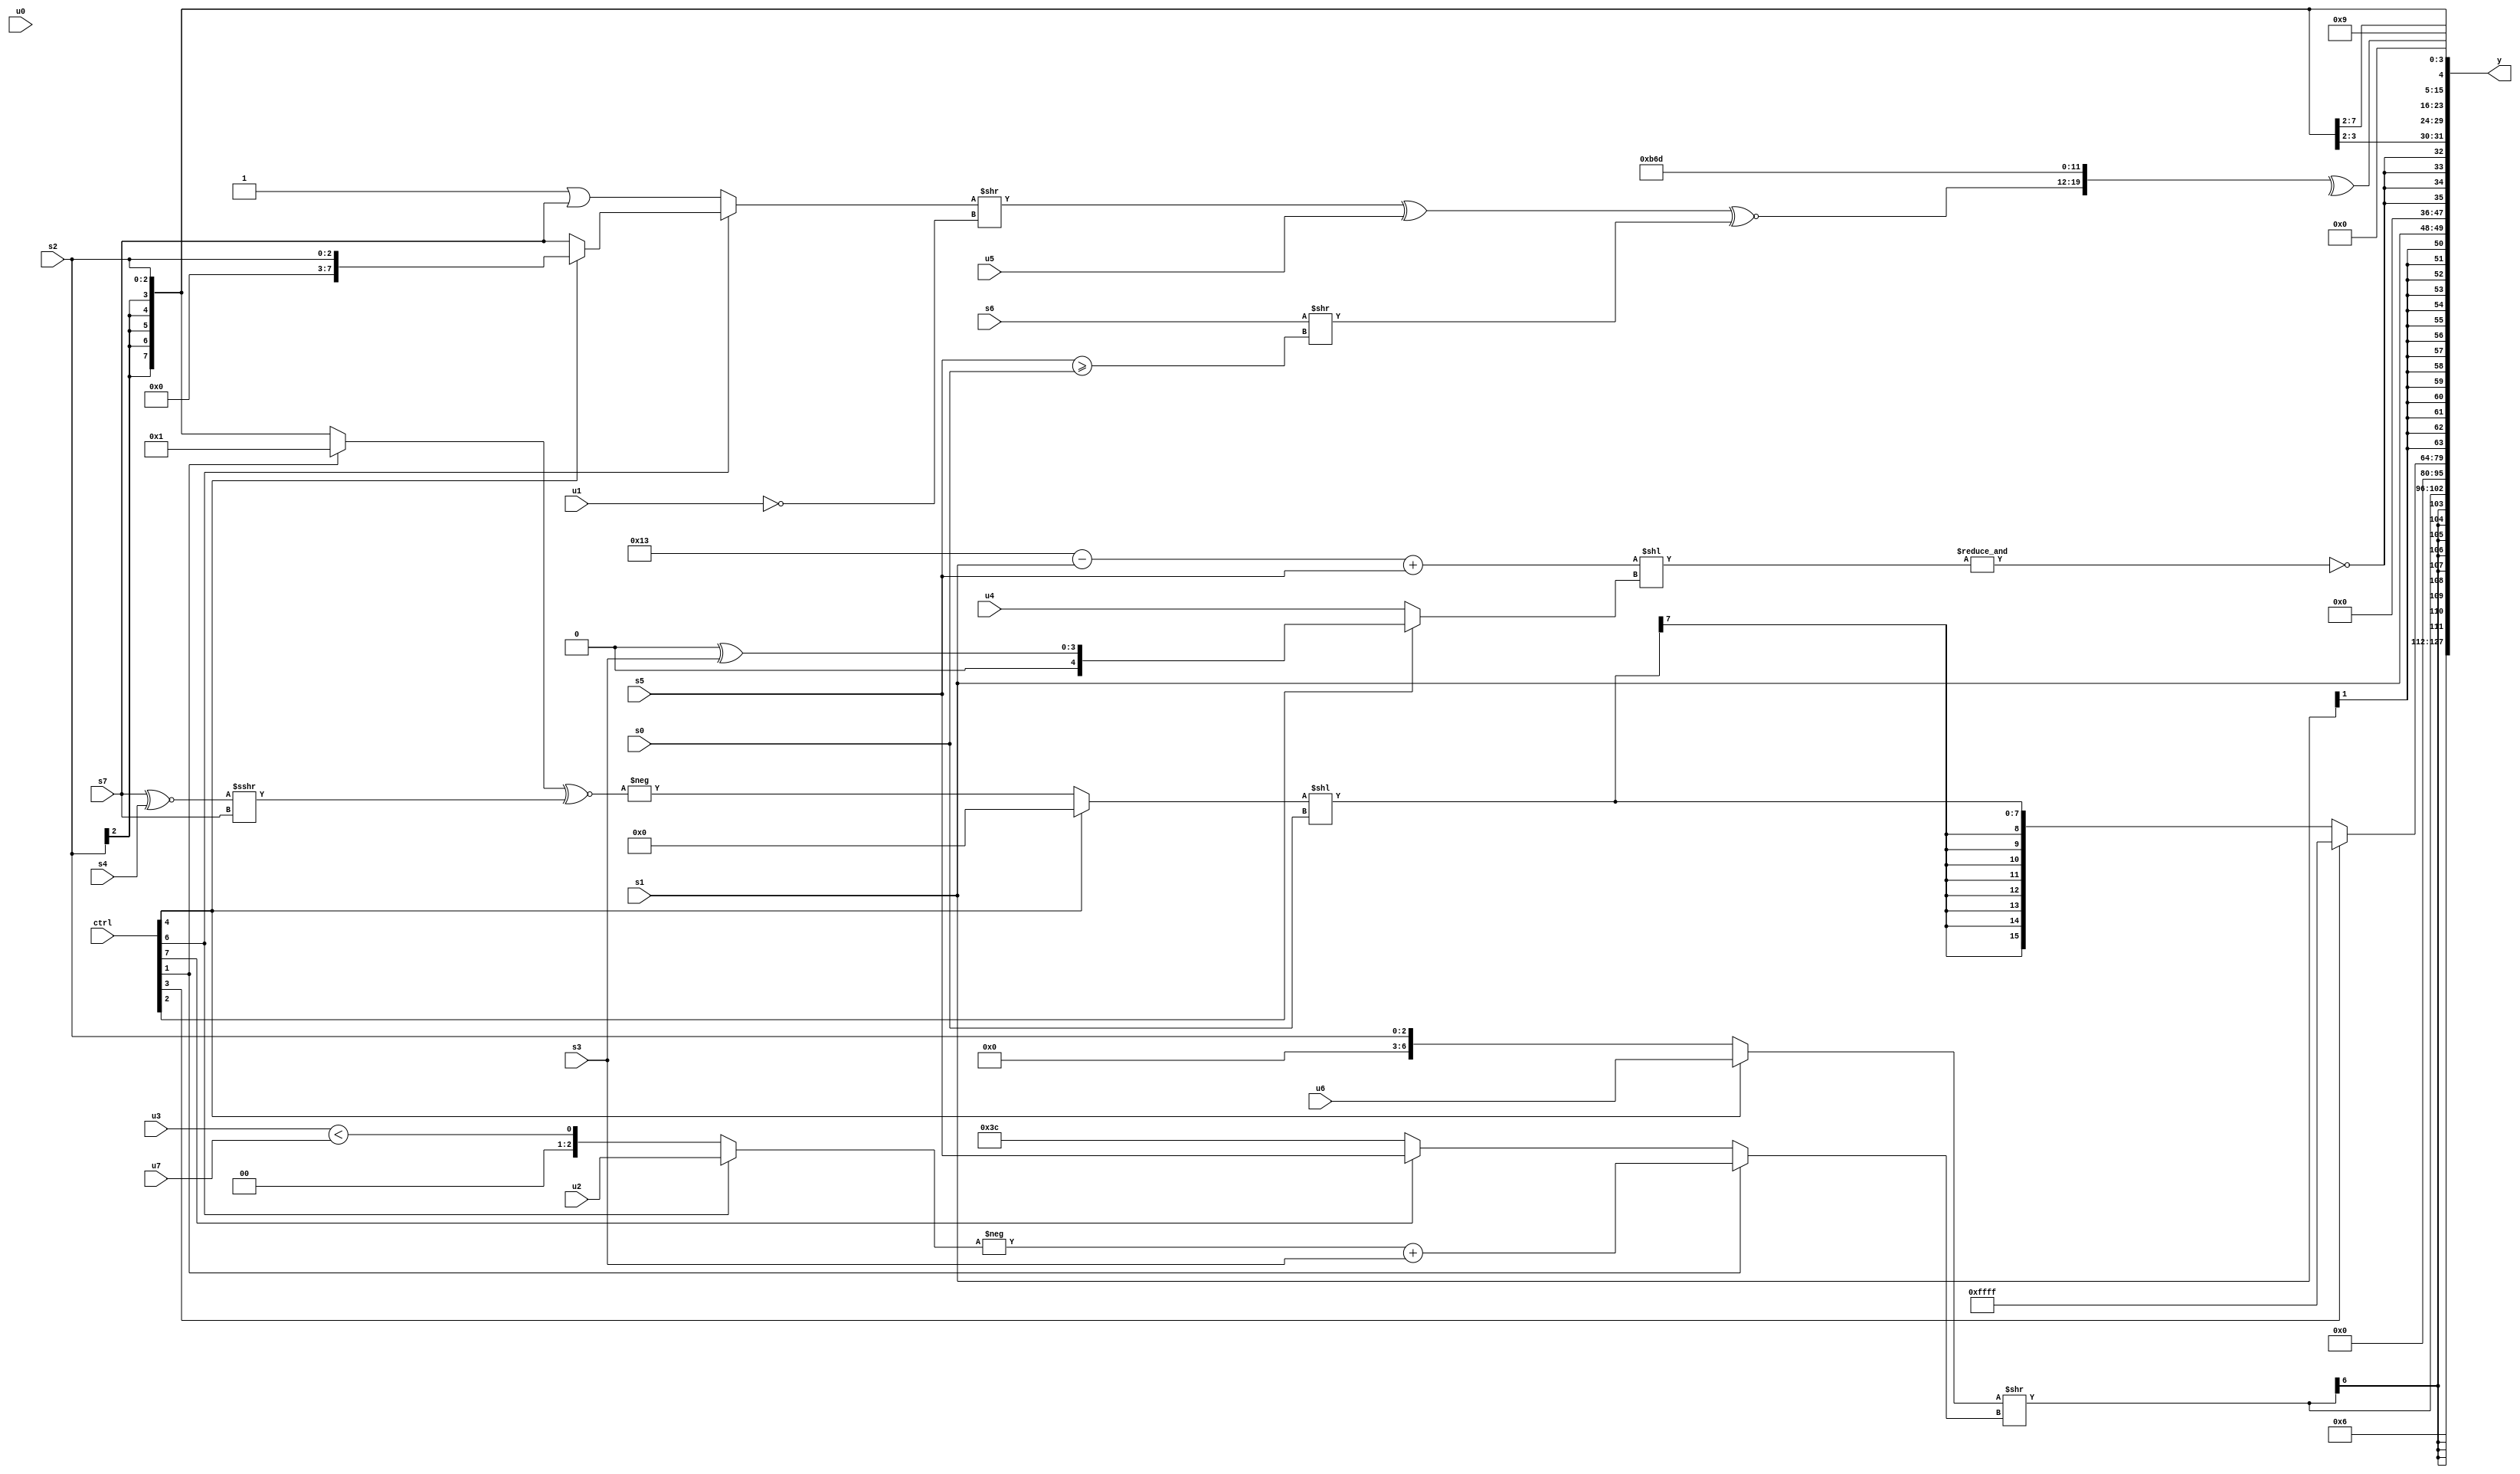
module wideexpr_00840(ctrl, u0, u1, u2, u3, u4, u5, u6, u7, s0, s1, s2, s3, s4, s5, s6, s7, y);
  input [7:0] ctrl;
  input [0:0] u0;
  input [1:0] u1;
  input [2:0] u2;
  input [3:0] u3;
  input [4:0] u4;
  input [5:0] u5;
  input [6:0] u6;
  input [7:0] u7;
  input signed [0:0] s0;
  input signed [1:0] s1;
  input signed [2:0] s2;
  input signed [3:0] s3;
  input signed [4:0] s4;
  input signed [5:0] s5;
  input signed [6:0] s6;
  input signed [7:0] s7;
  output [127:0] y;
  wire [15:0] y0;
  wire [15:0] y1;
  wire [15:0] y2;
  wire [15:0] y3;
  wire [15:0] y4;
  wire [15:0] y5;
  wire [15:0] y6;
  wire [15:0] y7;
  assign y = {y0,y1,y2,y3,y4,y5,y6,y7};
  assign y0 = $unsigned(-(+(-(3'b110))));
  assign y1 = $signed(+(((ctrl[4]?+($unsigned(u6)):s2))>>((ctrl[1]?(-($signed((ctrl[6]?$unsigned(u2):(u3)<(u7)))))+(s3):$signed($signed((ctrl[7]?s5:$signed($signed(6'sb111100)))))))));
  assign y2 = ~|(6'sb011000);
  assign y3 = (ctrl[3]?3'sb111:$signed(((ctrl[4]?(-(s7))>>(($signed(5'sb00000))+(6'sb110111)):-($signed(((ctrl[1]?(1'sb1)-(3'sb110):s2))^~(((s7)^~(s4))>>>($signed(s7)))))))<<(s0)));
  assign y4 = s1;
  assign y5 = {4{~&(&(((($signed(6'sb010011))-(+(s1)))+(s5))<<((ctrl[2]?+((3'sb000)^(s3)):u4))))}};
  assign y6 = s2;
  assign y7 = {^({((((ctrl[6]?(ctrl[4]?s2:s7):(2'sb01)|(s7)))>>(!(u1)))^(+(u5)))^~((s6)>>((s5)>=(s0))),{4{3'sb101}}}),~|(~^(5'sb01110)),3'sb001};
endmodule